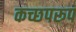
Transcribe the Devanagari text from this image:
कच्छपरूप